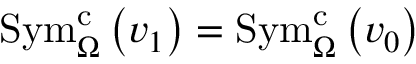
\mathrm { S y m } _ { \Omega } ^ { \mathrm { c } } \left( v _ { 1 } \right) = \mathrm { S y m } _ { \Omega } ^ { \mathrm { c } } \left( v _ { 0 } \right)